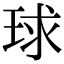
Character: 球